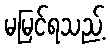
မမြင်ရသည့်